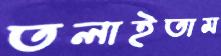
তলাইতাম